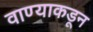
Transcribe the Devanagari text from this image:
वाण्याकडून